Vaccination in Burma 1889-1999 - 1889-1999
Year: 1889
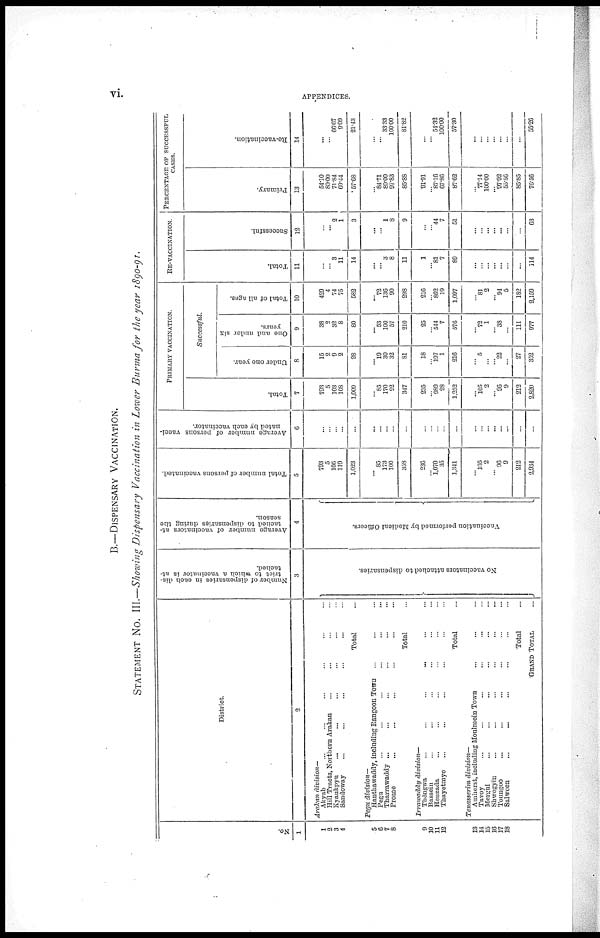
vi.
APPENDICES.
B.—DISPENSARY VACCINATION.
STATEMENT No. III.—Showing Dispensary Vaccination in Lower Burma for the year 1890-91.
No.
1
1
2
3
4
5
6
7
8
9
10
11
12
13
14
15
16
17
18
District.
2
Arakan
division—
Akyab ... ... ... ... ... ...
Hill Tracts, Northern Arakan ... ... ... ...
Kyaukpyu ... ... ... ... ... ...
Sandoway ... ... ... ... ... ...
Total ...
Pegu
division—
Hanthawaddy, including Rangoon Town ... ... ...
Pegu ... ... ... ... ... ...
Tharrawaddy ... ... ... ... ... ...
Prome ... ... ... ... ...
Total ...
Irrawaddy division—
Thôngwa
...
...
...
...
...
...
Bassein ... ... ... ... ... ...
Henzada ... ... ... ... ... ...
Thayetmyo ... ... ... ... ...
Total ...
Tenasserim
division—
Amherst, including Moulmein Town ... ...
Tavoy
...
...
...
...
...
...
Mergui ... ... ... ... ... ...
Shwegyin ... ... ... ... ... ...
Toungoo ... ... ... ... ... ...
Salween ... ... ... ... ... ...
Total ...
GRAND TOTAL ...
Number of dispensaries in each dis-
trict to which a vaccinator is at-
tached.
3
No vaccinators attached to dispensaries.
Average number of vaccinators at-
tached to dispensaries during the
season.
4
Vaccination performed by Medical Officers.
Total number of persons vaccinated.
5
793
5
106
119
1,023
... 85
173
100
358
236
...
1,070
35
1,341
...
105
2
... 96
9
212
2,934
Average number of persons vacci-
nated by each vaccinator.
6
...
...
...
...
...
...
...
...
...
...
...
...
...
...
...
...
...
...
...
...
...
...
PRIMARY VACCINATION.
Total.
7
793
5
103
108
1,009
...
85
170
92
347
235
...
989
28
1,252
...
105
2
...
96
9
212
2,820
Successful.
Under one year.
One and under six
years.
8
15
2
9
2
28
... 19
30
32
81
18
...
197
1
216
...
5
...
... 22
...
27
352
9
38
2
32
8
80
... 53
100
57
210
25
...
544
7
576
...
72
1
... 38
...
111
977
Total of all ages.
10
429
4
74
75
582
... 72
130
90
298
216
...
862
19
1,097
...
81
2
... 94
5
182
2,159
RE-VACCINATION.
Total.
11
...
...
3
11
14
...
... 3
8
11
1
...
81
7
89
...
...
...
...
...
...
...
114
Successful.
12
...
... 2
1
3
...
...
1
8
9
...
...
44
7
51
...
...
...
...
...
...
...
63
PERCENTAGE OF SUCCESSFUL
CASES.
Primary.
13
54.10
80.00
71.84
69.44
57.68
...
84.71
80.00
97.83
85.88
91.91
...
87.16
67.86
87.62
...
77.14
100.00
...
97.92
55.56
85.85
76.56
Re-vaccination.
14
...
...
66.67
9.09
21.43
...
...
33.33
100.00
81.82
...
...
54.32
100.00
57.30
...
...
...
...
...
...
...
55.26